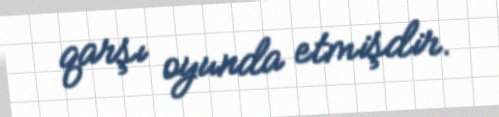
qarşı oyunda etmişdir.